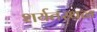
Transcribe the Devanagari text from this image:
शर्यतस्थळ